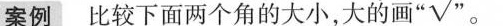
案例 比较下面两个角的大小，大的画“√”